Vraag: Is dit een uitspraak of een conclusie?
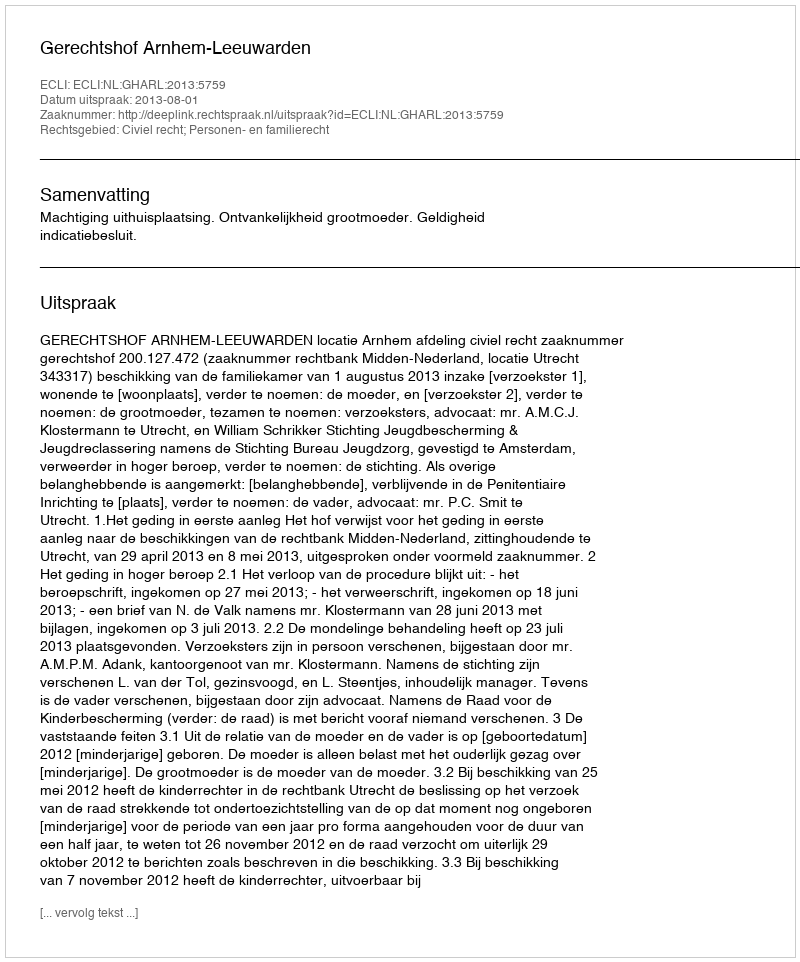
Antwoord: Uitspraak